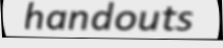
handouts